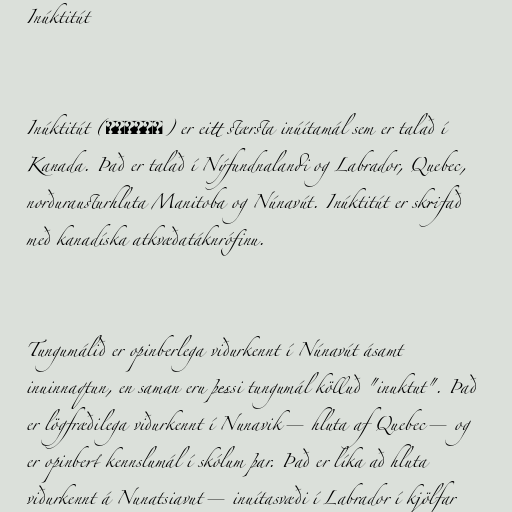
Inúktitút

Inúktitút (ᐃᓄᒃᑎᑐᑦ) er eitt stærsta inúítamál sem er talað í
Kanada. Það er talað í Nýfundnalandi og Labrador, Quebec,
norðurausturhluta Manitoba og Núnavút. Inúktitút er skrifað
með kanadíska atkvæðatáknrófinu.

Tungumálið er opinberlega viðurkennt í Núnavút ásamt
inuinnaqtun, en saman eru þessi tungumál kölluð "inuktut". Það
er lögfræðilega viðurkennt í Nunavik—hluta af Quebec—og
er opinbert kennslumál í skólum þar. Það er líka að hluta
viðurkennt á Nunatsiavut—inuítasvæði í Labrador í kjölfar